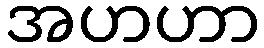
အဟဟာ